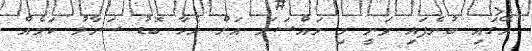
އޭގައި ބުނެފައި ވަނީ މި މައްސަލަ އަށް އެހާ ބޮޑު ސަމާލު ކަމެއް